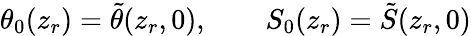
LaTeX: \theta_{0}(z_{r})=\tilde{\theta}(z_{r},0),\qquad S_{0}(z_{r})=\tilde{S}(z_{r},0)